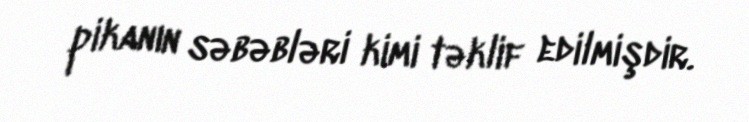
pikanın səbəbləri kimi təklif edilmişdir.